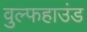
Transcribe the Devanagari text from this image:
वुल्फहाउंड